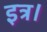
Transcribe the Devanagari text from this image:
इत्र।